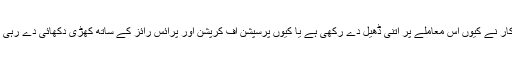
سرکار نے کیوں اس معاملے پر اتنی ڈھیل دے رکھی ہے یا کیوں پرسپشن آف کرپشن اور پرائس رائز کے ساتھ کھڑی دکھائی دے رہی ہے۔